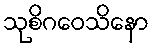
သုစိဂဝေသိနော